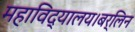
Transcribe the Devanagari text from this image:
महाविद्यालय।बर्लिन